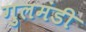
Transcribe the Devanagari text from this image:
गुलमंडी